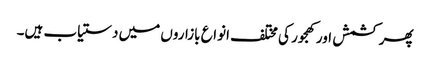
پھر کشمش اور کھجور کی مختلف انواع بازاروں میں دستیاب ہیں۔